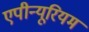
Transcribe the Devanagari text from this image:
एपीन्यूरियम